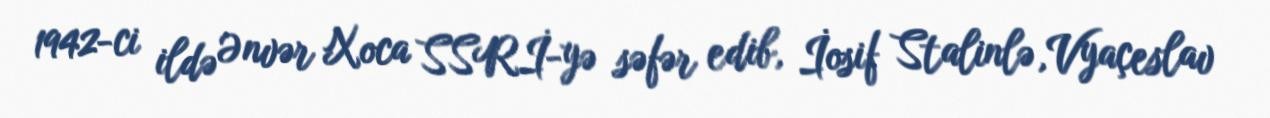
1942-ci ildə Ənvər Xoca SSRİ-yə səfər edib, İosif Stalinlə, Vyaçeslav